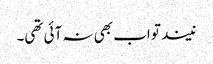
نیند تو اب بھی نہ آئی تھی۔